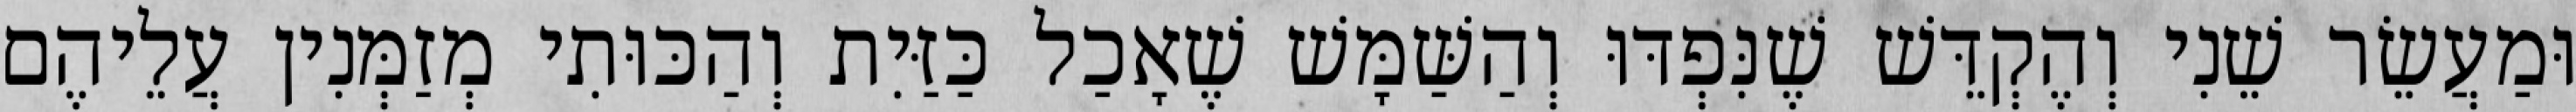
וּמַעֲשֵׂר שֵׁנִי וְהֶקְדֵּשׁ שֶׁנִּפְדּוּ וְהַשַּׁמָּשׁ שֶׁאָכַל כַּזַּיִת וְהַכּוּתִי מְזַמְּנִין עֲלֵיהֶם